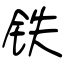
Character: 铁